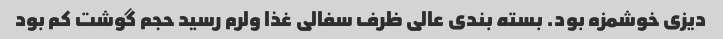
دیزی خوشمزه بود. بسته بندی عالی ظرف سفالی غذا ولرم رسید حجم گوشت کم بود